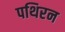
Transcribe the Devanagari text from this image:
पथिरन